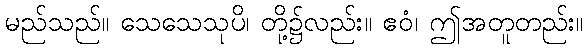
မည်သည်။ သေသေသုပိ၊ တို့၌လည်း။ ဧဝံ၊ ဤအတူတည်း။